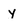
Character: y